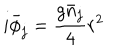
i \bar { \phi } _ { j } = \frac { g \bar { n } _ { j } } { 4 } r ^ { 2 }